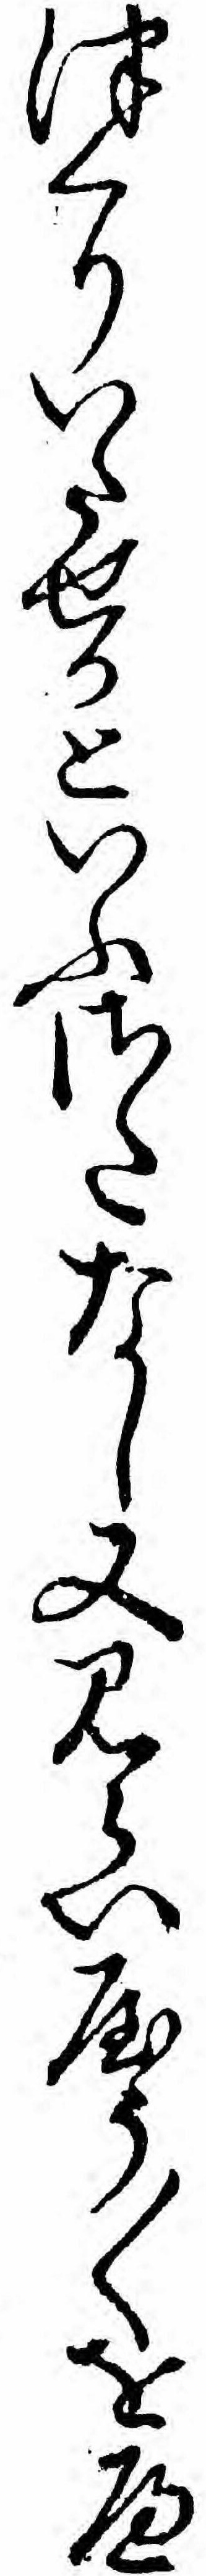
つくりいたせるといふさたなし又みらいやう〱をへ